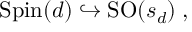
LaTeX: \mathrm { S p i n } ( d ) \hookrightarrow \mathrm { S O } ( s _ { d } ) \; ,